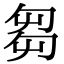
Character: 芻